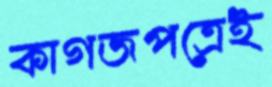
কাগজপত্রেই